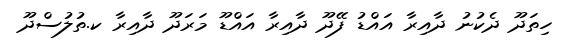
ހިތަދޫ ދެކުނު ދާއިރާ އައްޑު ފޭދޫ ދާއިރާ އައްޑޫ މަރަދޫ ދާއިރާ ކ.ތުލުސްދޫ